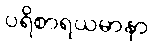
ပရိစာရယမာနာ